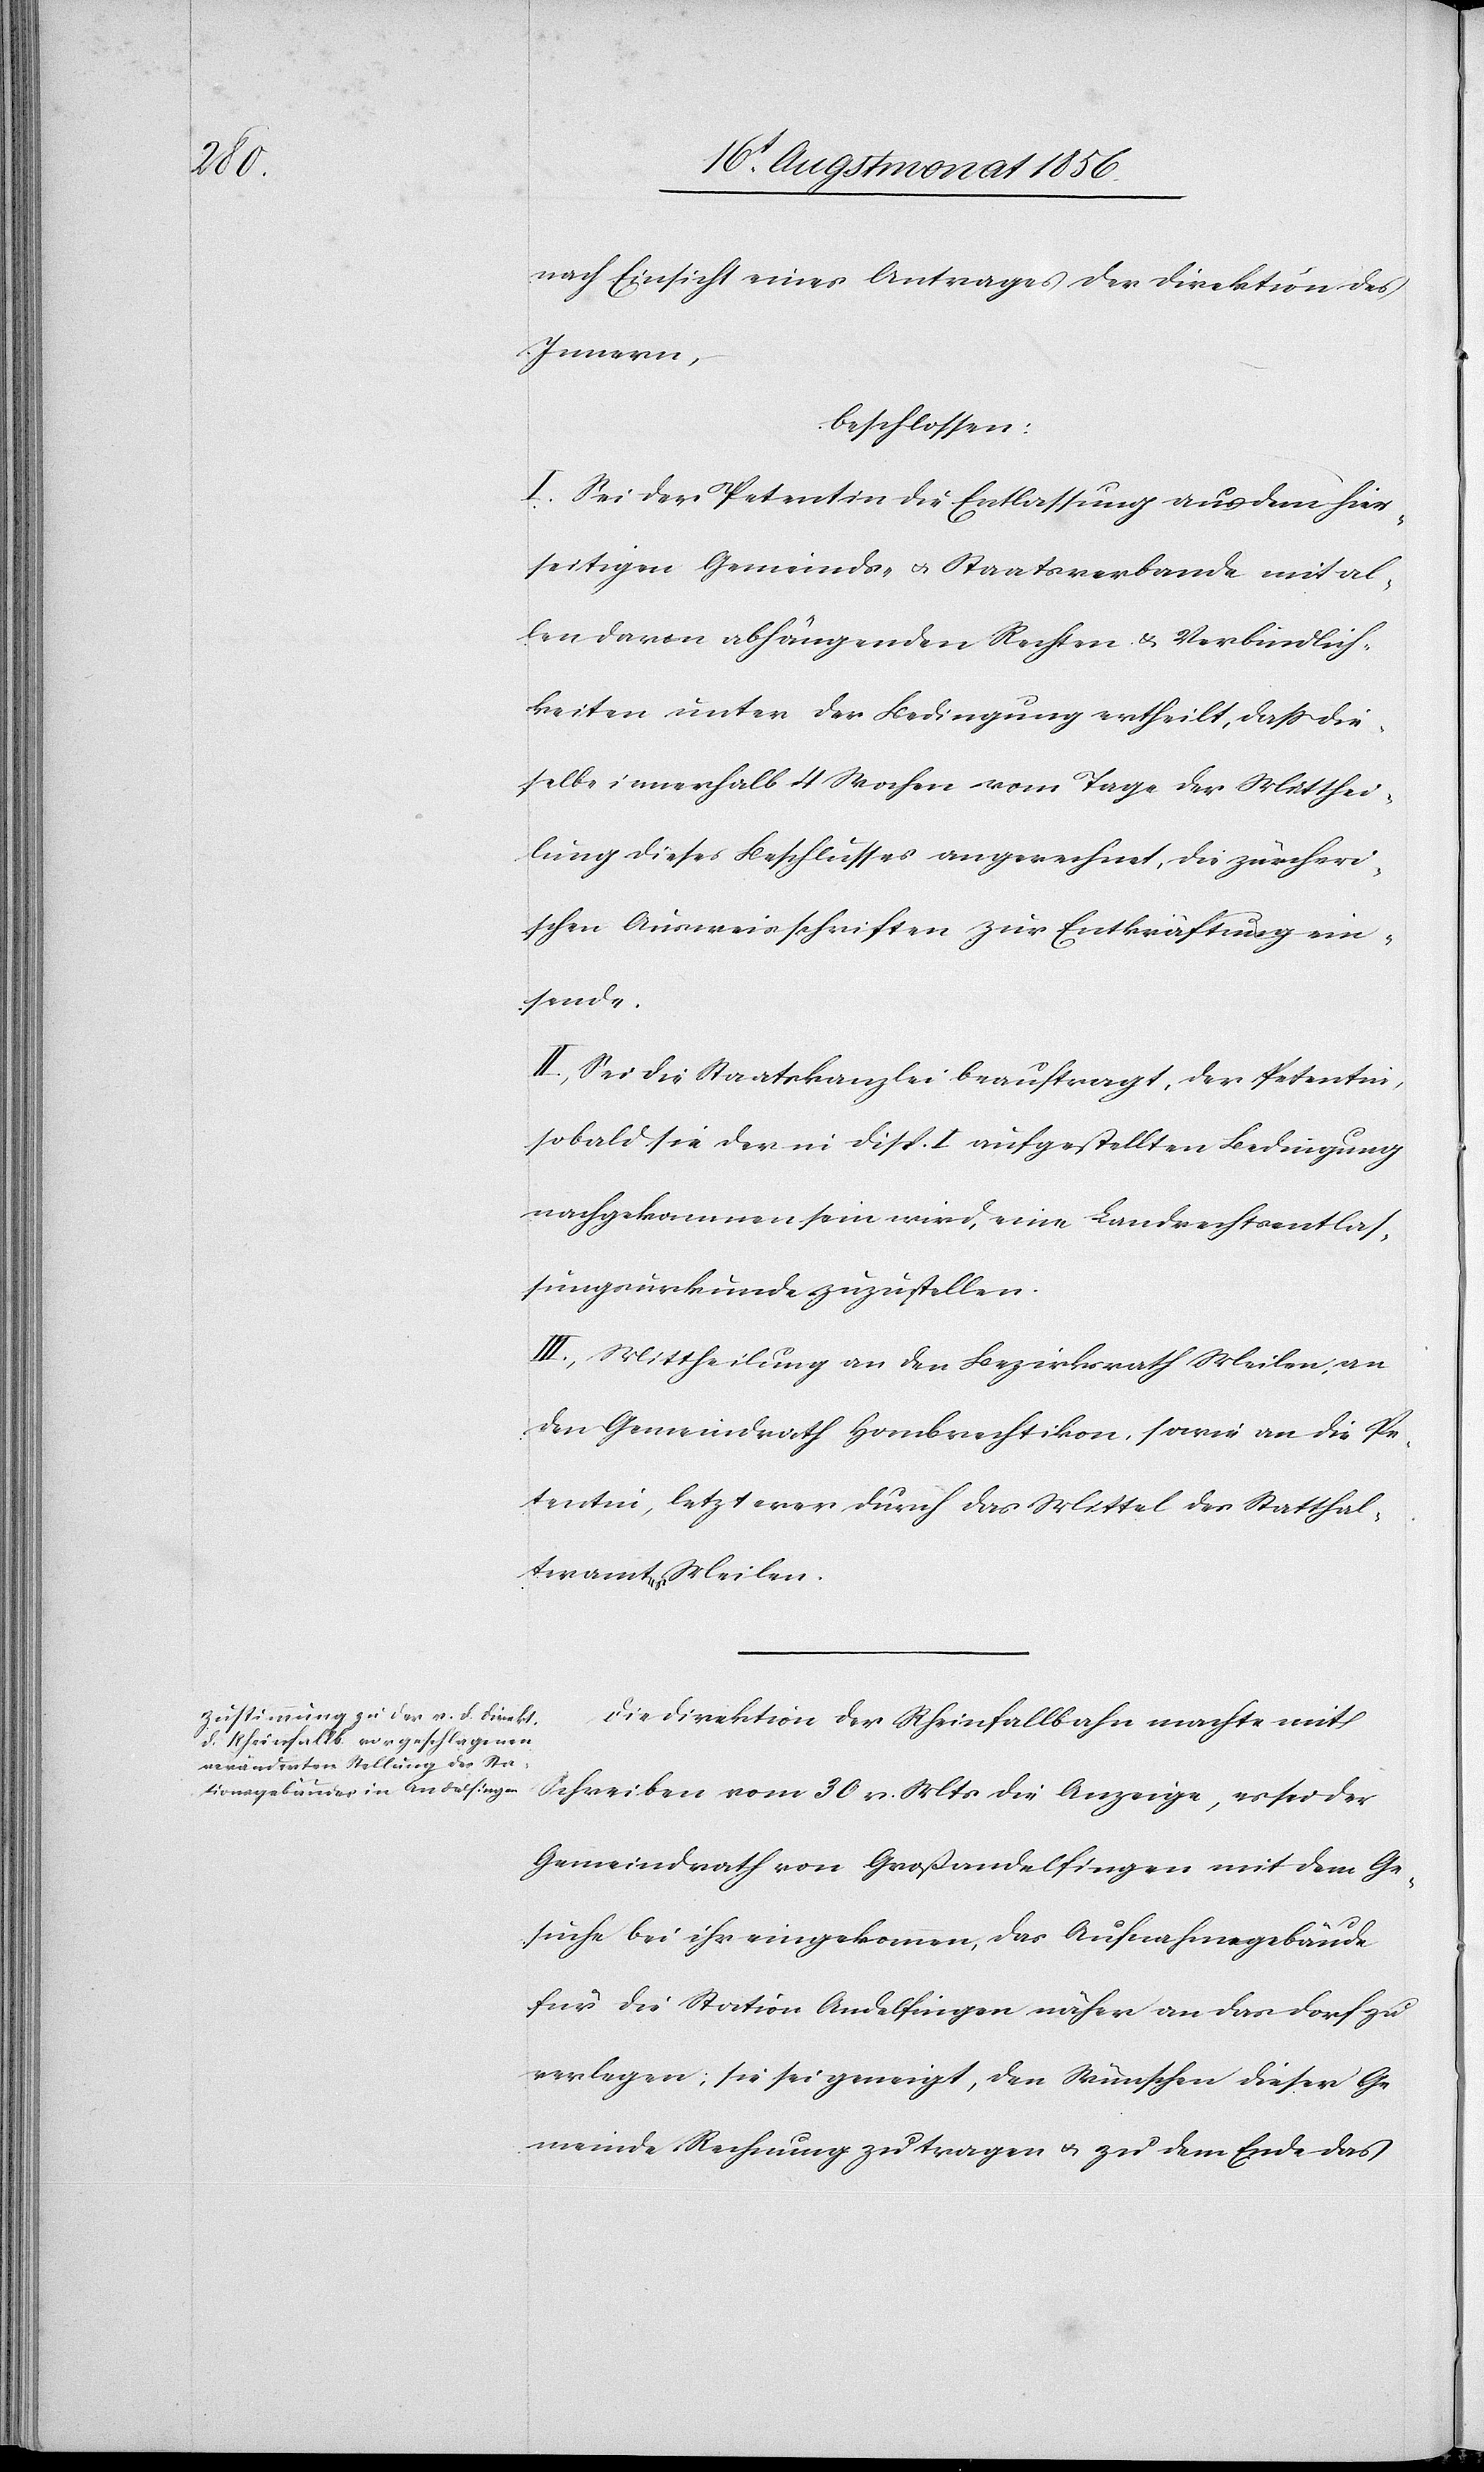
nach Einsicht eines Antrages der Direktion des
Innern,
beschlossen:
I.) Sei der Petentin die Entlassung aus dem hier¬
seitigen Gemeinds- u. Staatsverbande mit al¬
len davon abhängenden Rechten & Verbindlich¬
keiten unter der Bedingung ertheilt, dass die¬
selbe innerhalb 4 Wochen vom Tage der Mitthei¬
lung dieses Beschlusses angerechnet, die zürcheri¬
schen Ausweisschriften zur Entkräftung ein¬
sende.
II.) Sei die Staatskanzlei beauftragt, der Petentin,
sobald sie der in Disp. I aufgestellten Bedingung
nachgekommen sein wird, eine Landrechtsentlas¬
sungsurkunde zuzustellen.
III.) Mittheilung an den Bezirksrath Meilen, an
den Gemeindrath Hombrechtikon, sowie an die Pe¬
tentin, letzterer durch das Mittel des Statthal¬
teramtes Meilen.
Die Direktion der Rheinfallbahn machte mit
Schreiben vom 30 v. Mts die Anzeige, es sei der
Gemeindrath von Großandelfingen mit dem Ge¬
suche bei ihr eingekommen, das Aufnahmegebäude
für die Station Andelfingen näher an das Dorf zu
verlegen; sie sei geneigt, den Wünschen dieser Ge¬
meinde Rechnung zu tragen u. zu dem Ende das